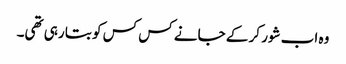
وہ اب شور کر کے جانے کس کس کو بتا رہی تھی۔